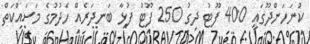
ކުނަހަންދޫގައި 400 ފޫޓު ދިގު 250 ފޫޓު ފުޅާ ބަނދަރެއް ހެދުމުގެ މަސައްކަތް